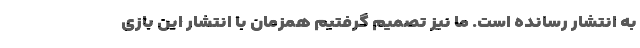
به انتشار رسانده است. ما نیز تصمیم گرفتیم همزمان با انتشار این بازی